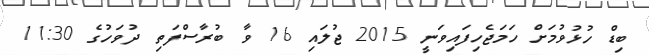
ބިޑް ހުޅުވުމަށް ހަމަޖެހިފައިވަނީ 2015 ޖުލައި 16 ވާ ބުރާސްފަތި ދުވަހުގެ 11:30